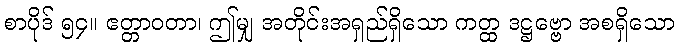
စာပိုဒ် ၅၄။ ဧတ္တာဝတာ၊ ဤမျှ အတိုင်းအရှည်ရှိသော ကတ္ထ ဒဋ္ဌဗ္ဗော အစရှိသော